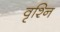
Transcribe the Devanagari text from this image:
वृश्नि